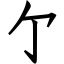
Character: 亇